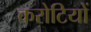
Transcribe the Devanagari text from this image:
करोटियों